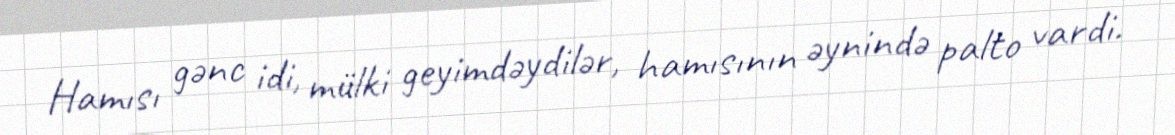
Hamısı gənc idi, mülki geyimdəydilər, hamısının əynində palto vardi.